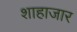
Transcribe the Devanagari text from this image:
शाहाजार